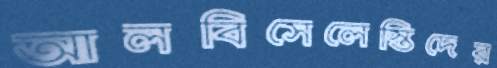
আলবিসেলেস্তিদের